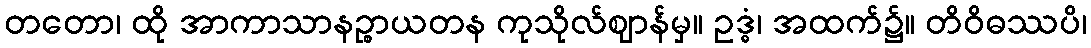
တတော၊ ထို အာကာသာနဉ္စာယတန ကုသိုလ်ဈာန်မှ။ ဥဒ္ဓံ၊ အထက်၌။ တိဝိဓဿပိ၊